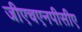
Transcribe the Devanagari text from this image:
जीएचएनपीसीए